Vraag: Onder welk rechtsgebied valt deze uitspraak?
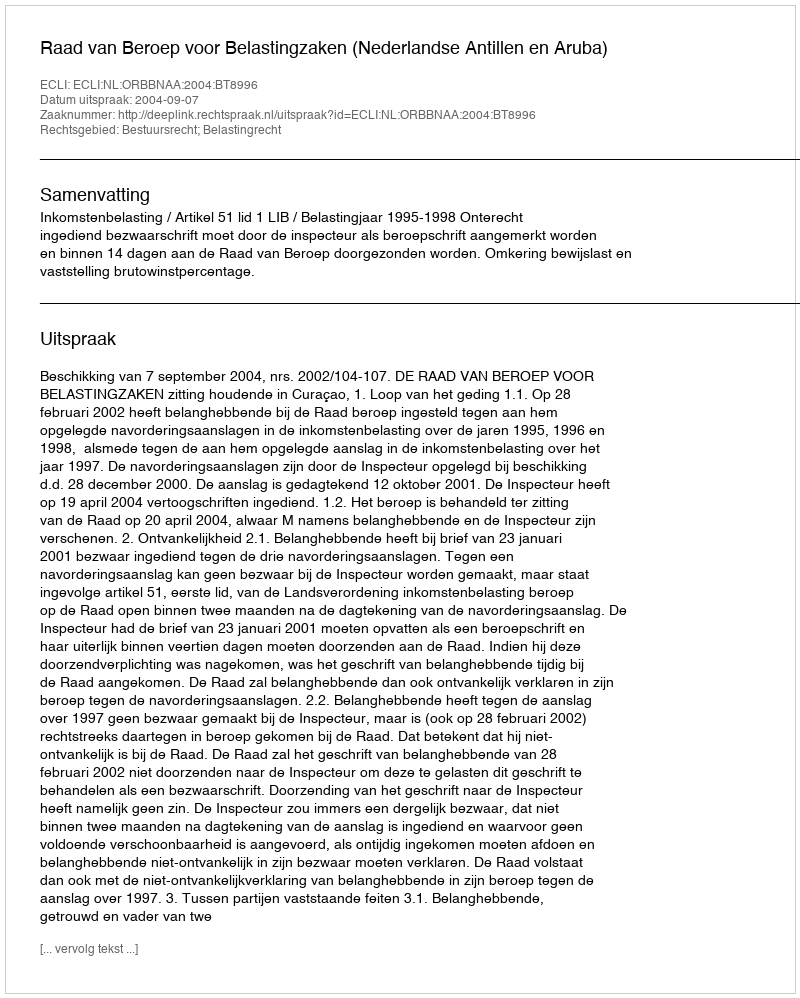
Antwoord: Bestuursrecht; Belastingrecht